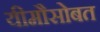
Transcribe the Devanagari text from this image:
यीमौसोबत